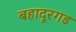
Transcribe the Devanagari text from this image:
बहादूरगड